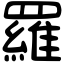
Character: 羅